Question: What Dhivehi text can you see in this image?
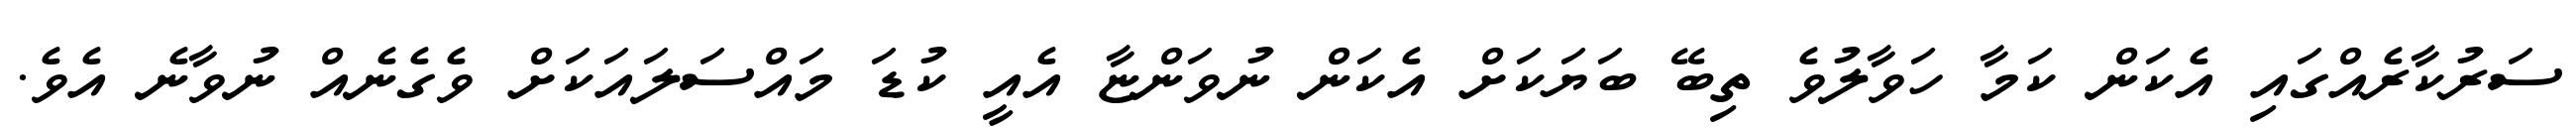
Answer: ސަރުކާރެއްގައި އެކަން ކަމާ ހަވާލުވެ ތިބޭ ބަޔަކަށް އެކަން ނުވަންޏާ އެއީ ކުޑަ މައްސަލައަކަށް ވެގެނެއް ނުވާނެ އެވެ.